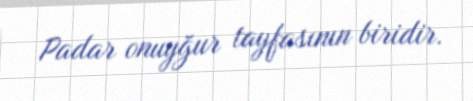
Padar onuyğur tayfasının biridir.